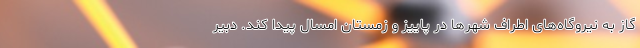
گاز به نیروگاه‌های اطراف شهرها در پاییز و زمستان امسال پیدا کند. دبیر